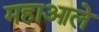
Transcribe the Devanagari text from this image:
महाआले